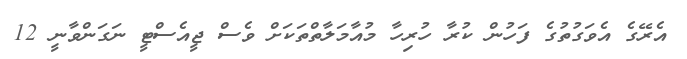
އެރޭގެ އެވަގުތުގެ ފަހުން ކުރާ ހުރިހާ މުއާމަލާތްތަކަށް ވެސް ޖީއެސްޓީ ނަގަންވާނީ 12